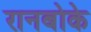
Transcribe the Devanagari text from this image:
रानबोके